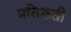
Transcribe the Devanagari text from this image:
प्रतिक्रती